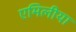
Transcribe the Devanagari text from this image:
एमिलीया